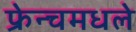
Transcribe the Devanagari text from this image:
फ्रेन्चमधले